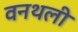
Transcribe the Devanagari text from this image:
वनथली